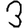
Digit: 3